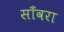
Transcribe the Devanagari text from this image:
साँवरा